Indian journal of veterinary science and animal husbandry - Volumes 28-29, 1958-1959
Year: 1958
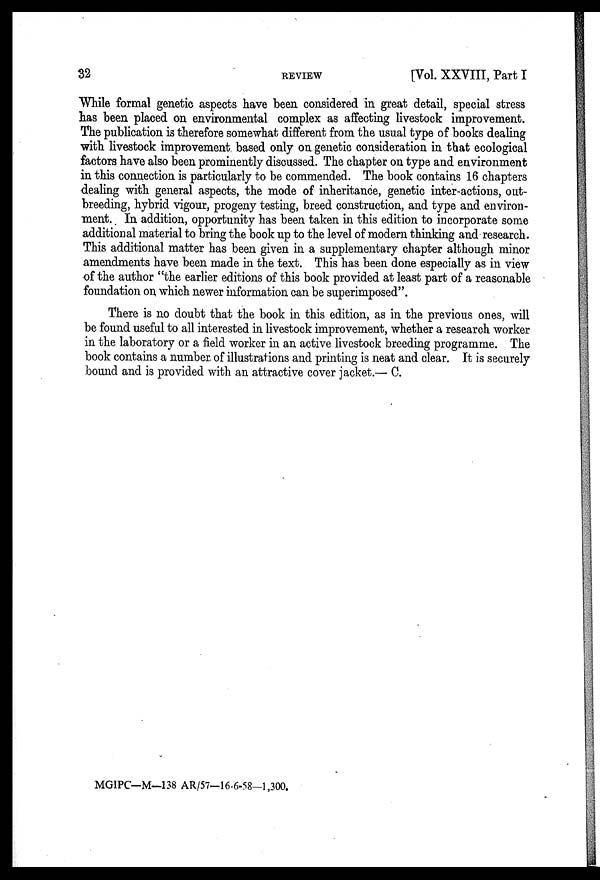
32
REVIEW
[Vol. XXVIII, Part I
While formal genetic aspects have been considered in great detail, special stress
has been placed on environmental complex as affecting livestock improvement.
The publication is therefore somewhat different from the usual type of books dealing
with livestock improvement based only on genetic consideration in that ecological
factors have also been prominently discussed. The chapter on type and environment
in this connection is particularly to be commended. The book contains 16 chapters
dealing with general aspects, the mode of inheritance, genetic inter-actions, out-
breeding, hybrid vigour, progeny testing, breed construction, and type and environ-
ment. In addition, opportunity has been taken in this edition to incorporate some
additional material to bring the book up to the level of modern thinking and research.
This additional matter has been given in a supplementary chapter although minor
amendments have been made in the text. This has been done especially as in view
of the author "the earlier editions of this book provided at least part of a reasonable
foundation on which newer information can be superimposed".
There is no doubt that the book in this edition, as in the previous ones, will
be found useful to all interested in livestock improvement, whether a research worker
in the laboratory or a field worker in an active livestock breeding programme. The
book contains a number of illustrations and printing is neat and clear. It is securely
bound and is provided with an attractive cover jacket.— C.
MGIPC—M—138 AR/57—16-6-58—1,300.